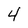
Character: 4